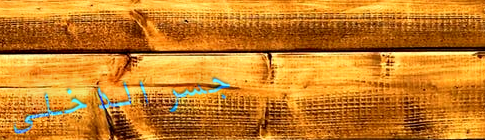
جسر الداخلي